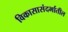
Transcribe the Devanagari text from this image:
विकासासंदर्भातील